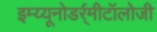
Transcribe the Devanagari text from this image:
इम्य्यूनोडर्र्मीटॉलोजी